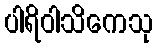
ပါရိဝါသိကေသု